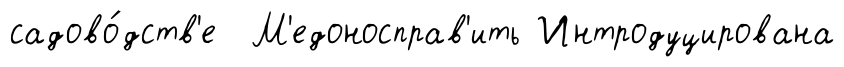
садово́дств'е М'едоносправ'ить Интродуцирована